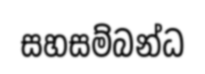
සහසම්බන්ධ